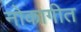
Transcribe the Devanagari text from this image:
नोकागीत